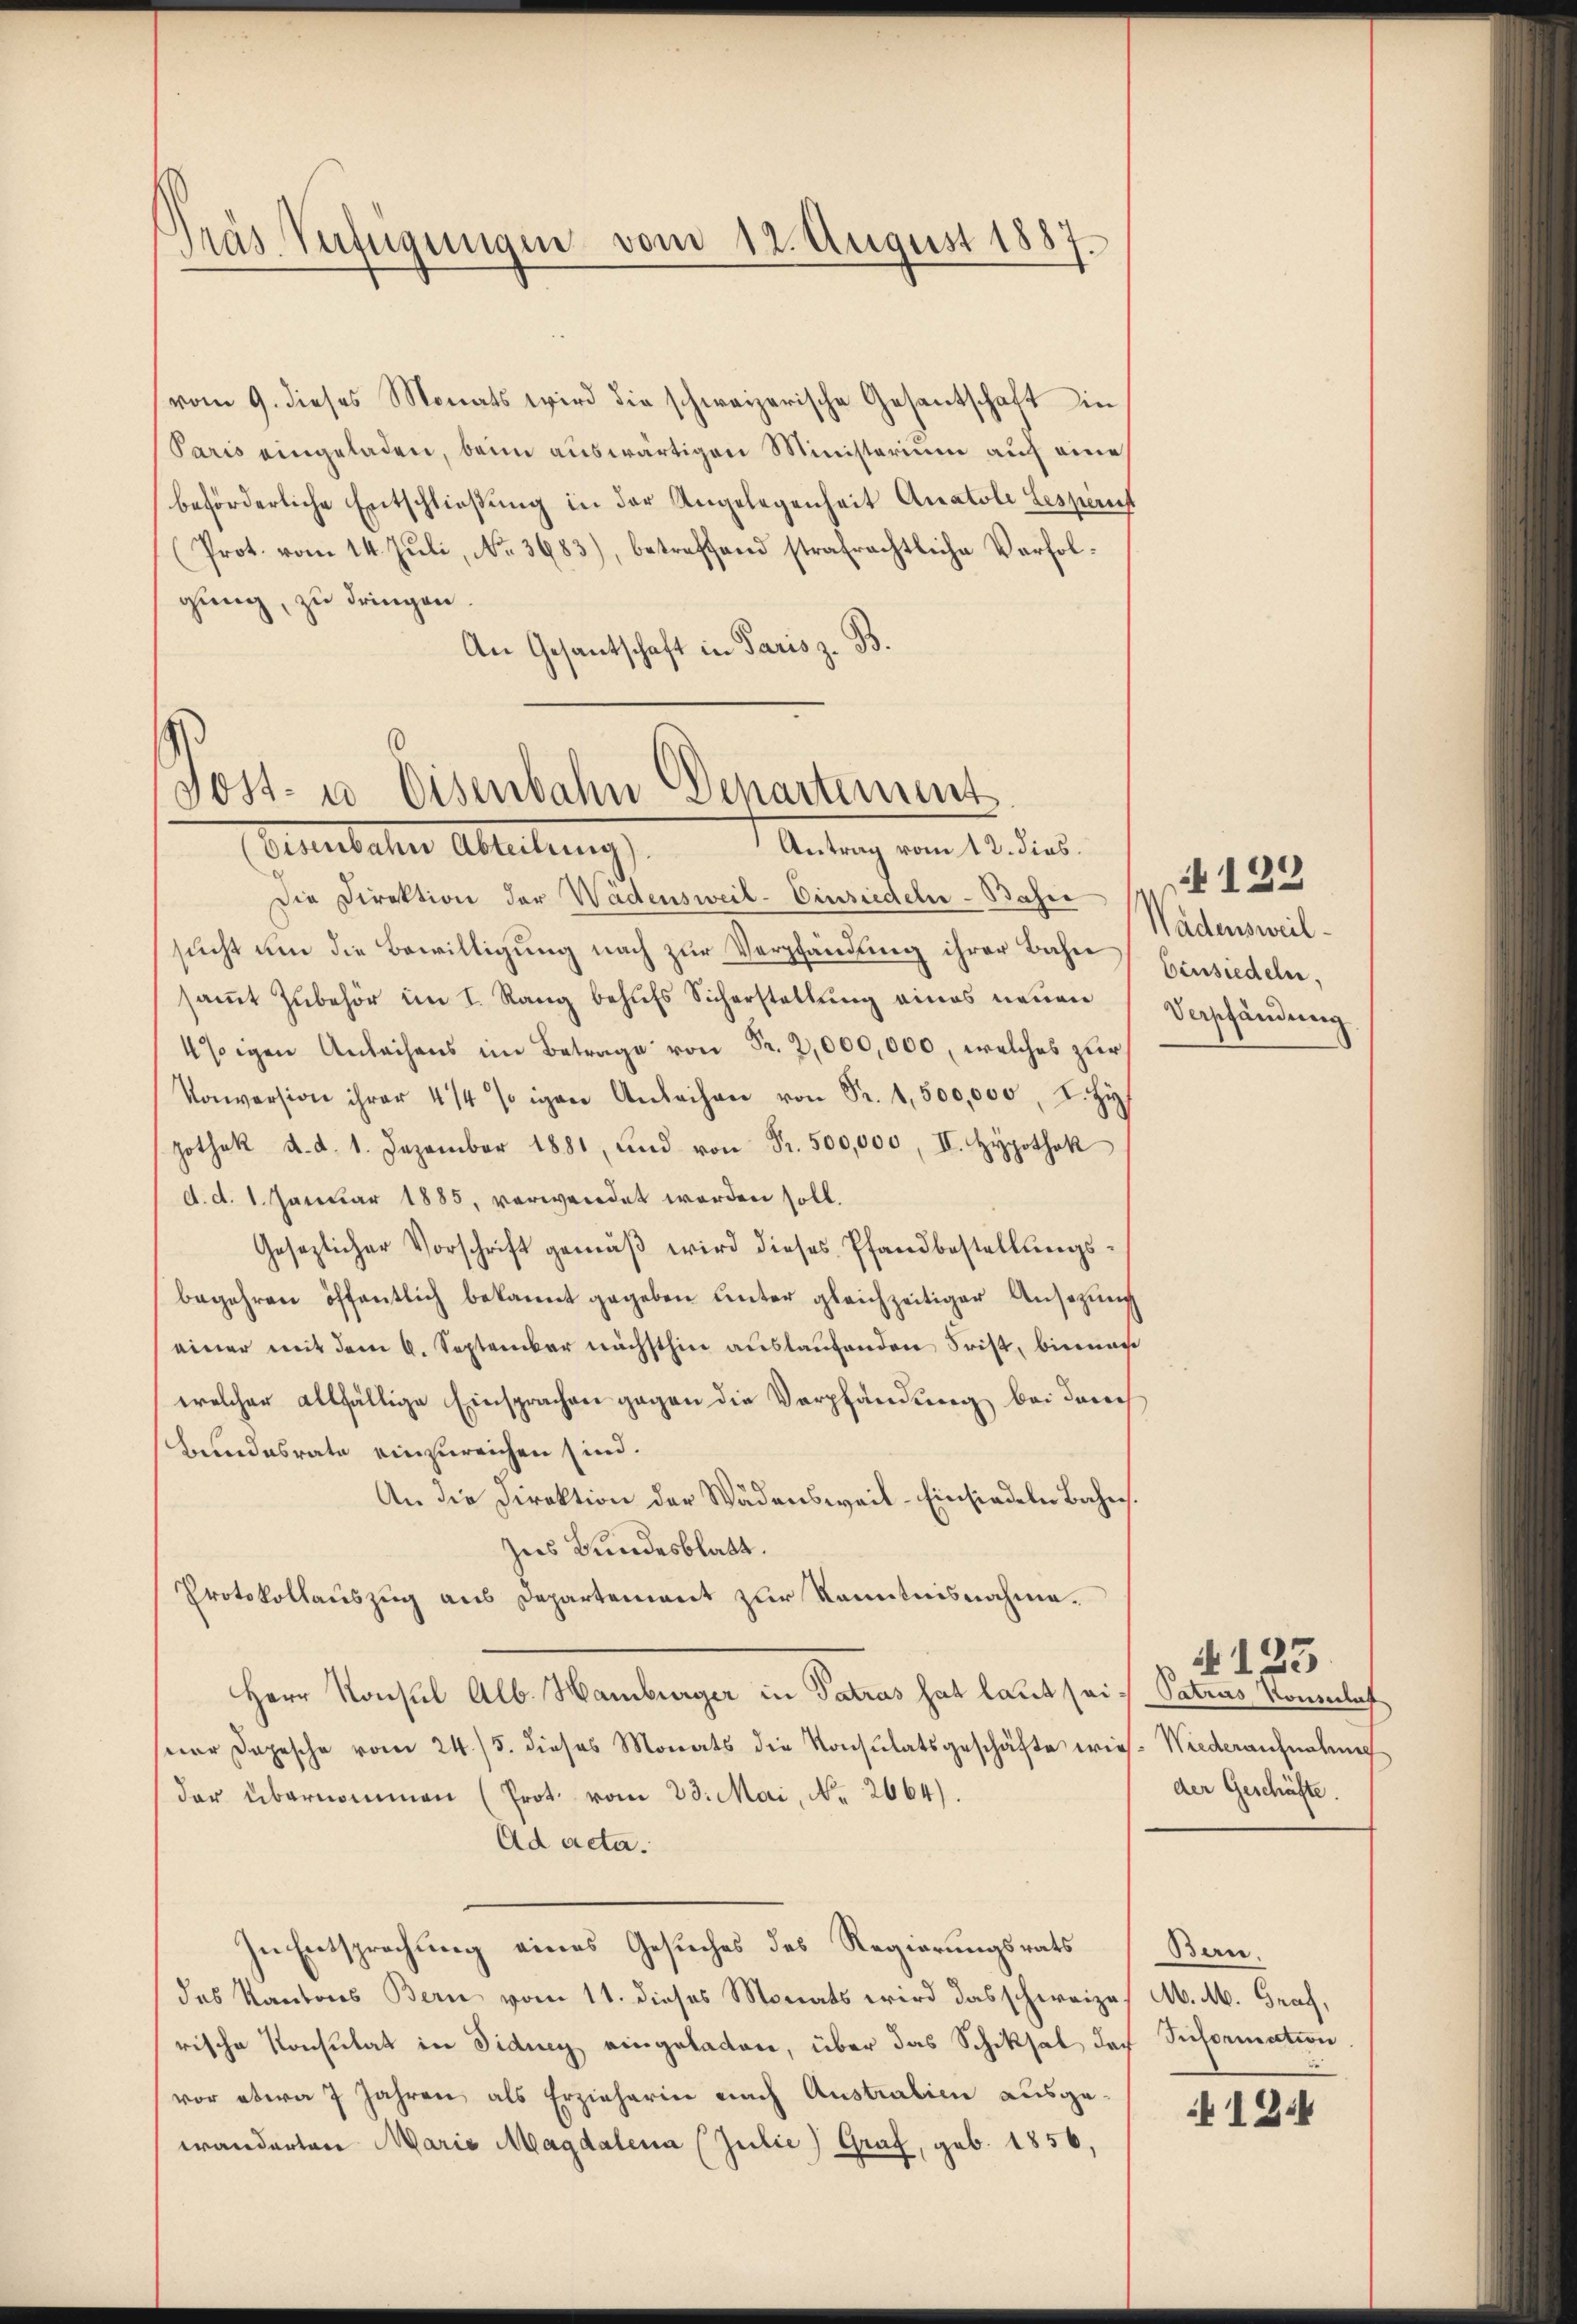
Pras Verfügungen vom 12. August 1887.

vom 9. dieses Monats wird die schweizerische Gesantschaft in
Paris eingeladen, beim auswärtigen Ministerium auf eine
beförderliche Entschließung in der Angelegenheit Anatole Lespenst
(Prot. vom 14. Juli, No. 3683), betreffend strafrechtliche Verfolgung, zu dringen.
An Gesantschaft in Paris z. B.

Sost- u. Eisenbahn Departement
Steinahen Abteilung,
Antrag vom 12. dies

Die Direktion der Wädensweil-Einsiedeln - Bahne
sucht um die Bewilligung nach zur Verpfändung ihrer Bahn
samt Zubehör im I. Rang behufs Sicherstellung eines neuen
4sigen Anleihens im Betrage von Fr. 2,000,000, welches zur
Konversion ihrer 4/4 % in Anleihen von Fr. 1,500,000, I. Zif
pothek d. d. 1. Dezember 1881, und von Fr. 500,000, II. Hypothek
d. d. 1. Januar 1885, verwendet worden soll.
Gesezlicher Vorschrift gemäß wird dieses Pfandbestellungsbegehren öffentlich bekannt gegeben unter gleichzeitiger Ansezung
einer mit dem 6. September nächsthin auslaufenden Frist, bienar
welcher allfällige Einsprachen gegen die Verpfändung bei danech
Bundesrate einzureichen sind.
An die Direktion der Wädensweil–Einsiedeln Bahn
Zus Bundesblatt.
Protokollauszug aus Departement zur Kenntnisnahme.
Herr Konsul Alb. Hamburger in Patras hat laut sei. Patrus Konsulat
ser Depesche vom 24./5. dieses Monats die Konsulatsgeschäfte wies. Wiederaufnahung
der übernommen (Prot. vom 23. Mai, No. 2664).
Ad acta.
In Entsprechung eines Gesuches des Regierungsrats Bern.
des Kantons Bern vom 11. dieses Monats wird das schweizes A. M. Graf,
rische Konsulat in Fidney eingeladen, über das Schiksal doch Triformation.
vor etwa 7 Jahren, als Erzieherin nach Australien ausgewänderten Maria Magdalena (Julie) Graf, geb. 1856,

123
Wädensweil
Einsiedeln.
Verpfändung

N 123
der Geschäfte.

412.